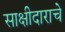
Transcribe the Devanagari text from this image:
साक्षीदाराचे